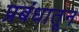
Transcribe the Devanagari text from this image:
प्रबंधातून